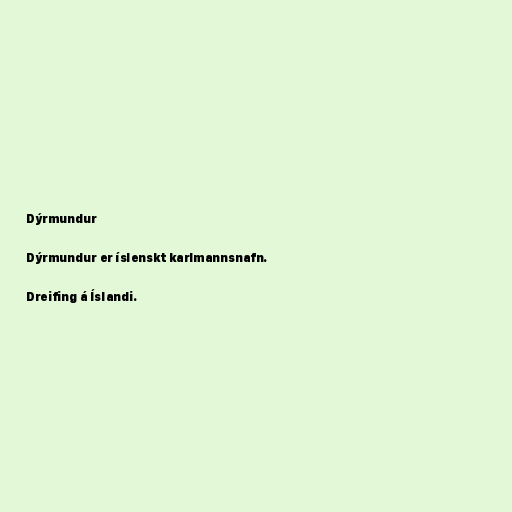
Dýrmundur

Dýrmundur er íslenskt karlmannsnafn.

Dreifing á Íslandi.